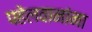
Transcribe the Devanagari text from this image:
पहेलवानांना